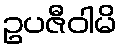
ဥပဇီဝါမိ